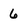
Character: 6